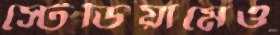
স্টেডিয়ামেও